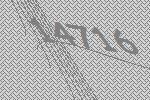
14716